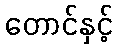
တောင်နှင့်